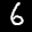
Label: 6